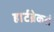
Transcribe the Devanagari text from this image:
हार्टब्रेकर्स